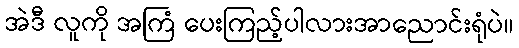
အဲဒီ လူကို အကြံ ပေးကြည့်ပါလားအာညောင်းရုံပဲ။